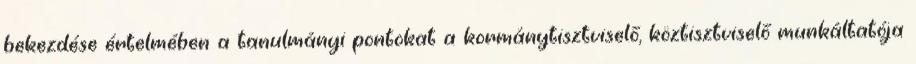
bekezdése értelmében a tanulmányi pontokat a kormánytisztviselő, köztisztviselő munkáltatója